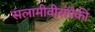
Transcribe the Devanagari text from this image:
सलामीवीरांपैकी